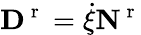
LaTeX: {\mathbf D}^{\mathrm{~r~}}=\dot{\xi}\textbf{N}^{\mathrm{~r~}}